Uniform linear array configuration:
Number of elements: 64
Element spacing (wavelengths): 0.75
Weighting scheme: exponential
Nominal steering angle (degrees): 0
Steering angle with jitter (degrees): -1.318
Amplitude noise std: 0.05
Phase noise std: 0.05

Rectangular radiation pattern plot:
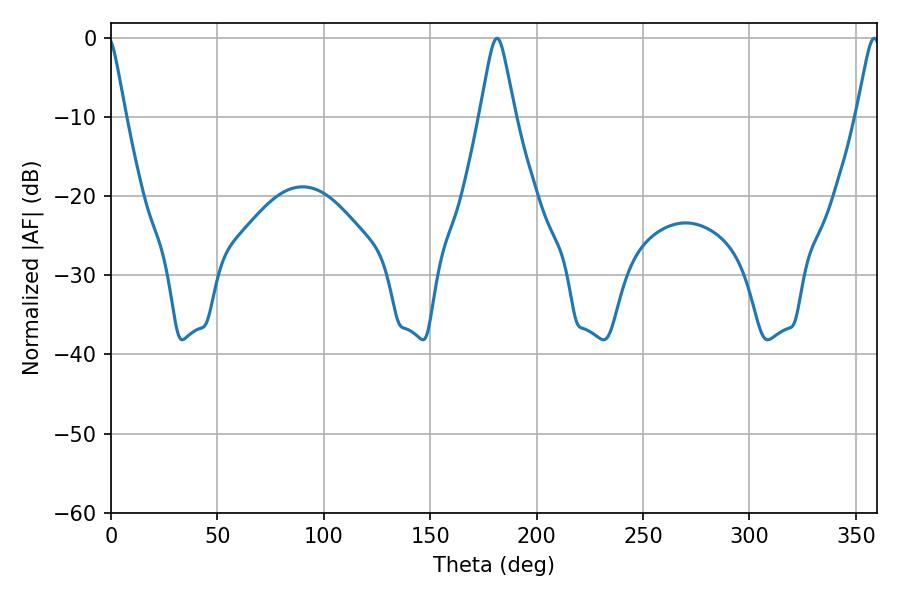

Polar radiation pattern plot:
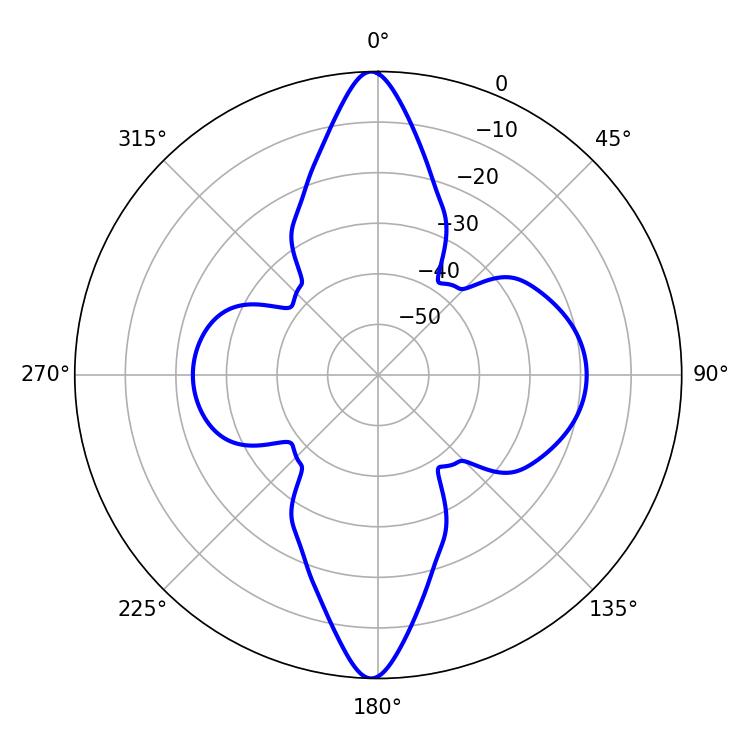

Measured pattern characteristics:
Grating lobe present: TRUE
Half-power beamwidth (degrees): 5.22
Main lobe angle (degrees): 358.56